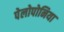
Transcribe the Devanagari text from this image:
पेलोपोनिया